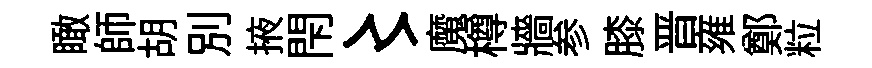
瞰師胡別掖閇〻魔樽牆参膝晋雍鄭粒